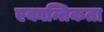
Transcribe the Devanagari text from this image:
एकान्तिकता